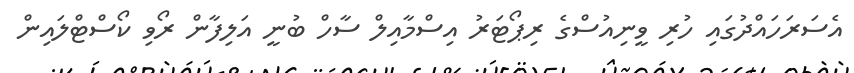
އެސަރަހައްދުގައި ހުރި ވީނިއުސްގެ ރިޕޯޓަރު އިސްމާއިލް ސާހް ބުނީ އަލިފާން ރޯވި ކޯސްޓްލައިން